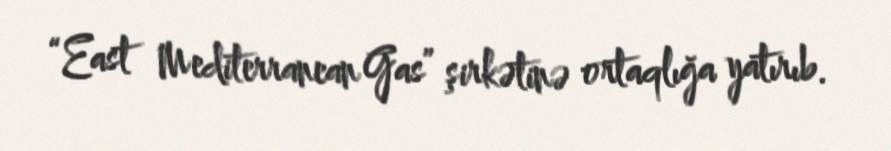
“East Mediterranean Gas” şirkətinə ortaqlığa yatırıb.